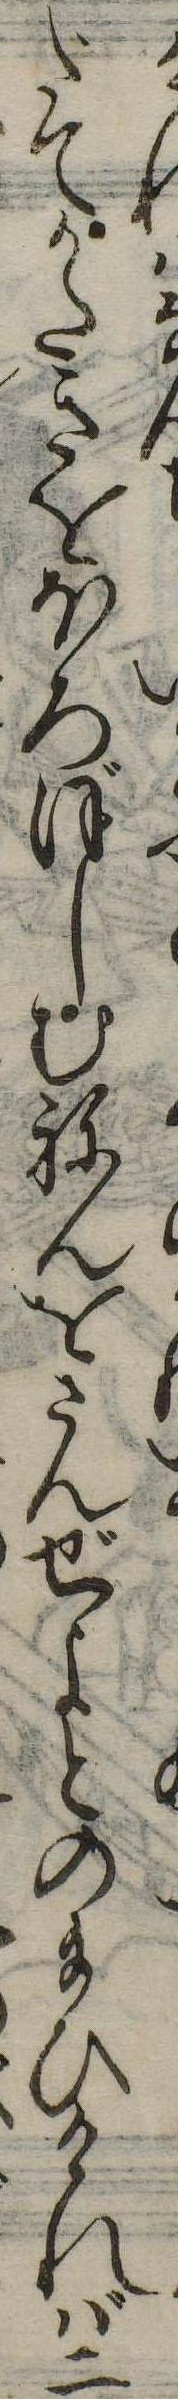
けなだてかたきをほろぼしむねんをさんぜよとの給ひければ二